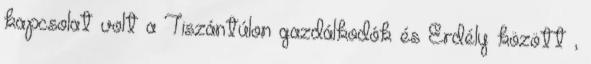
kapcsolat volt a Tiszántúlon gazdálkodók és Erdély között ,